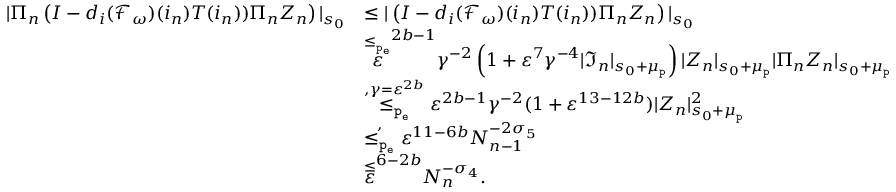
\begin{array} { r l } { | \Pi _ { n } \left( I - d _ { i } ( \mathcal { F } _ { \omega } ) ( i _ { n } ) T ( i _ { n } ) ) \Pi _ { n } Z _ { n } \right) | _ { s _ { 0 } } } & { \le | \left( I - d _ { i } ( \mathcal { F } _ { \omega } ) ( i _ { n } ) T ( i _ { n } ) ) \Pi _ { n } Z _ { n } \right) | _ { s _ { 0 } } } \\ & { \overset { \le _ { \mathtt { p _ { e } } } } \varepsilon ^ { 2 b - 1 } \gamma ^ { - 2 } \left( 1 + \varepsilon ^ { 7 } \gamma ^ { - 4 } | \mathfrak { I } _ { n } | _ { s _ { 0 } + \mu _ { \mathtt { p } } } \right) | Z _ { n } | _ { s _ { 0 } + \mu _ { \mathtt { p } } } | \Pi _ { n } Z _ { n } | _ { s _ { 0 } + \mu _ { \mathtt { p } } } } \\ & { \overset { , \gamma = \varepsilon ^ { 2 b } } { \le _ { \mathtt { p _ { e } } } } \varepsilon ^ { 2 b - 1 } \gamma ^ { - 2 } ( 1 + \varepsilon ^ { 1 3 - 1 2 b } ) | Z _ { n } | _ { s _ { 0 } + \mu _ { \mathtt { p } } } ^ { 2 } } \\ & { \overset { , } { \le _ { \mathtt { p _ { e } } } } \varepsilon ^ { 1 1 - 6 b } N _ { n - 1 } ^ { - 2 \sigma _ { 5 } } } \\ & { \overset \le \varepsilon ^ { 6 - 2 b } N _ { n } ^ { - \sigma _ { 4 } } . } \end{array}